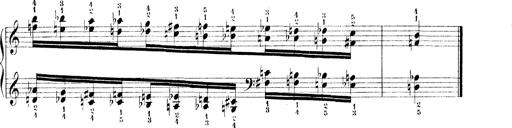
Title: Technische Studien
Composer: Franz Liszt